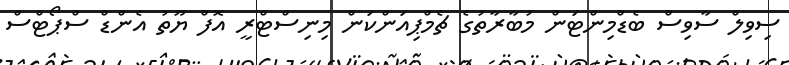
ސިވިލް ސާވިސް ބެޑްމިންޓަން މުބާރާތުގެ ޗެމްޕިއަންކަން މިނިސްޓްރީ އޮފް ޔޫތު އެންޑް ސްޕޯޓްސް